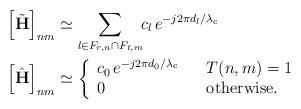
LaTeX: \begin{align*}{\left[ {\tilde {\bf{H}}} \right]_{nm}} &\simeq \sum\limits_{l \in {F_{r,n}} \cap {F_{t,m}}} \!\! {{c_l} \, {e^{ - j2\pi {d_l}/{\lambda _{\rm c}}}}} \\{\left[ {\hat{{\bf{H}}} } \right]_{nm}} &\simeq \left\{ \begin{array}{lll}{c_0} \, {e^{ - j2\pi {d_0}/{\lambda _{\rm c}}}} &{}&{T(n,m) = 1} \\0 &{}& {\rm otherwise}.\end{array} \right. \end{align*}